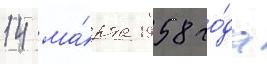
14 ма́рта 1958 го́да